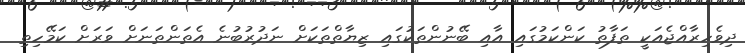
ދިވެހިރާއްޖެއަކީ ތަފާތު ކަންކަމުގައި އާއި ބޭނުންތަކުގައި ޒިޔާތްތަކަށް ނަދުރުބުނެ އެތަންތަނަށް ވަރަށް ކަމޭހިތި